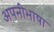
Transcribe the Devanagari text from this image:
अपनीभाषा